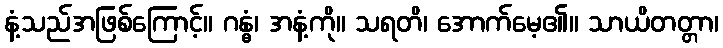
နံ့သည်အဖြစ်ကြောင့်။ ဂန္ဓံ၊ အနံ့ကို။ သရတိ၊ အောက်မေ့၏။ သာယိတတ္တာ၊